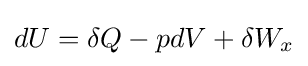
dU=\delta Q-pdV+\delta W_{x}